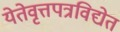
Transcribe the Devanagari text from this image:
येतेवृत्तपत्रविद्येत